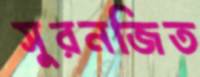
সুরনজিত